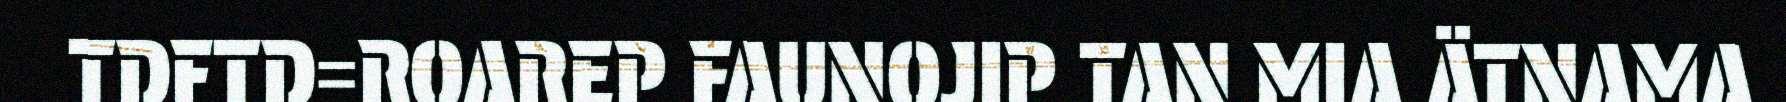
TDFTD=ROAREP FAUNOJIP TAN MIA ÄTNAMA